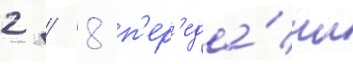
2 / 8 п'ер'еда́чи